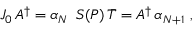
J _ { 0 } \, A ^ { \dagger } = \alpha _ { N } \, \, \, S ( P ) \, \bar { T } = A ^ { \dagger } \, \alpha _ { N + 1 } \, \, ,